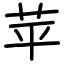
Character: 苹